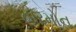
હોરમોન